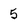
Character: 5